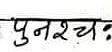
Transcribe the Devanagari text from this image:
पुनश्चः